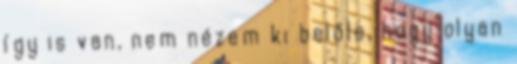
így is van, nem nézem ki belőle, hogy olyan